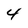
Character: 4